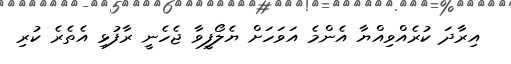
އިރާދަ ކުރެއްވިއްޔާ އެންމެ އަވަހަށް ޔެލޯފީވާ ޖެހެނީ ރާފުޅި އެތެރެ ކުރި